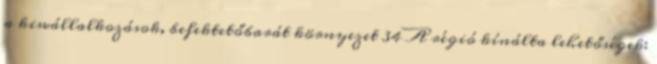
a kisvállalkozások, befektetőbarát környezet 34 A régió kínálta lehetőségek: